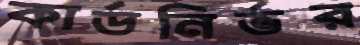
কার্ডনির্ভর